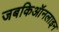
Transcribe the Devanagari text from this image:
जबकिऑनलाइन